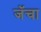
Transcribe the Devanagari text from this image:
जॅचा